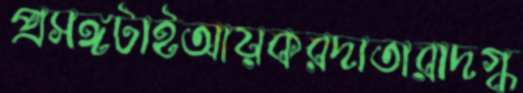
প্রসঙ্গটাইআয়করদাতারাদগ্ধ